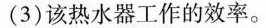
(3)该热水器工作的效率。